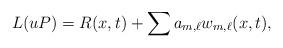
LaTeX: \begin{align*}L(uP)= R(x,t) + \sum a_{m,\ell} w_{m,\ell}(x,t),\end{align*}